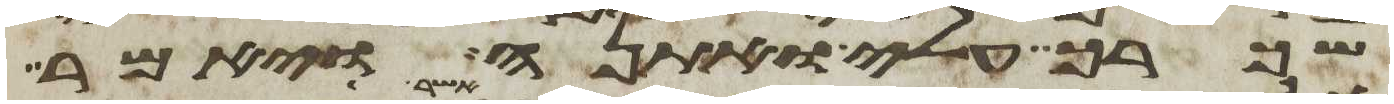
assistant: שכרך עלי ואתנה ויאמר